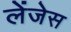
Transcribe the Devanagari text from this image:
लेंजेस